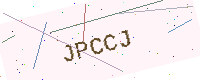
Text: JPCCJ